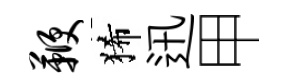
鞭狶迅甲